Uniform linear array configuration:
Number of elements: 12
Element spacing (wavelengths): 0.25
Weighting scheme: binomial
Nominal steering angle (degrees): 60
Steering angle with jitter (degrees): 61.92
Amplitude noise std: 0.05
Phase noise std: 0.05

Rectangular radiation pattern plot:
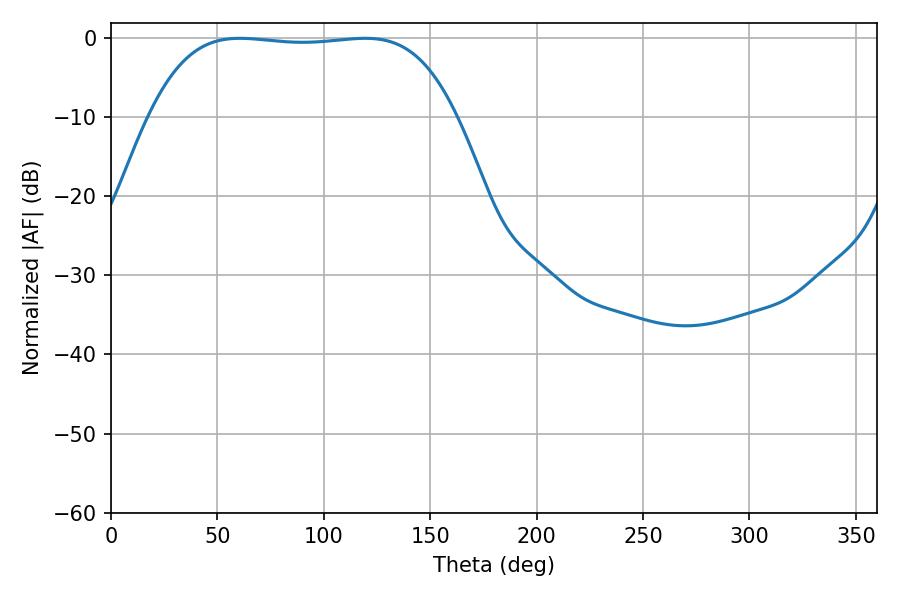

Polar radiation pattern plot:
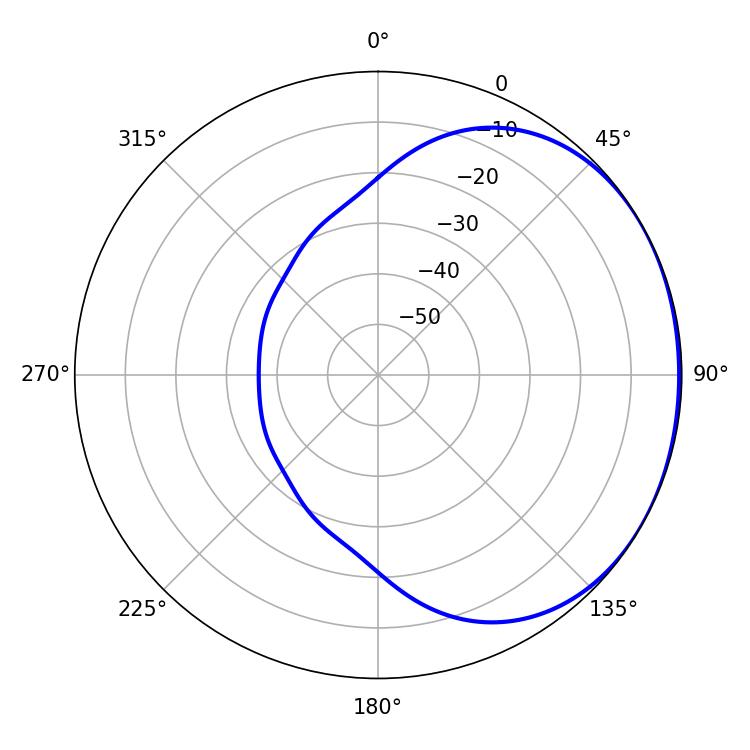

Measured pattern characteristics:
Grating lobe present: FALSE
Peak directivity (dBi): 1.025
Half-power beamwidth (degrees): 112.68
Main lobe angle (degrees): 60.48